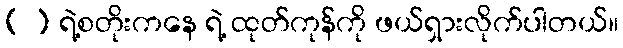
[ ] ရဲ့စတိုးကနေ ရဲ့ ထုတ်ကုန်ကို ဖယ်ရှားလိုက်ပါတယ်။